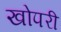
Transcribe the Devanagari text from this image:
खोपरी